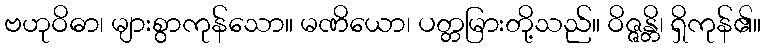
ဗဟုဝိဓာ၊ များစွာကုန်သော။ မဏိယော၊ ပတ္တမြားတို့သည်။ ဝိဇ္ဇန္တိ၊ ရှိကုန်၏။